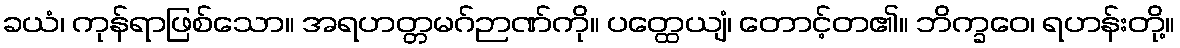
ခယံ၊ ကုန်ရာဖြစ်သော။ အရဟတ္တမဂ်ဉာဏ်ကို။ ပတ္ထေယျံ၊ တောင့်တ၏။ ဘိက္ခဝေ၊ ရဟန်းတို့။